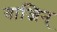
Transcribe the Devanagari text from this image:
वाजिन्